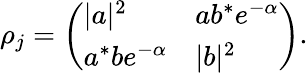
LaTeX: \rho_{j}={\left(\begin{array}{ll}{|a|^{2}}&{ab^{*}e^{-\alpha}}\\ {a^{*}be^{-\alpha}}&{|b|^{2}}\end{array}\right)}.